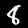
Digit: 8